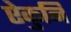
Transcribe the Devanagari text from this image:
ऐकुनि